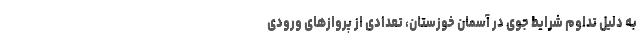
به دلیل تداوم شرایط جوی در آسمان خوزستان، تعدادی از پروازهای ورودی